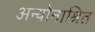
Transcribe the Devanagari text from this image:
अन्योनाश्रित